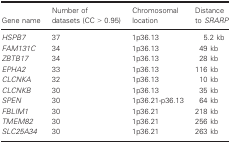
<table><thead><tr><td><b>Gene name</b></td><td><b>Number of datasets (CC &gt; 0.95)</b></td><td><b>Chromosomal location</b></td><td><b>Distance to <i>SRARP</i></b></td></tr></thead><tbody><tr><td><i>HSPB7</i></td><td>37</td><td>1p36.13</td><td>5.2 kb</td></tr><tr><td><i>FAM131C</i></td><td>34</td><td>1p36.13</td><td>49 kb</td></tr><tr><td><i>ZBTB17</i></td><td>34</td><td>1p36.13</td><td>28 kb</td></tr><tr><td><i>EPHA2</i></td><td>33</td><td>1p36.13</td><td>116 kb</td></tr><tr><td><i>CLCNKA</i></td><td>32</td><td>1p36.13</td><td>10 kb</td></tr><tr><td><i>CLCNKB</i></td><td>30</td><td>1p36.13</td><td>35 kb</td></tr><tr><td><i>SPEN</i></td><td>30</td><td>1p36.21‐p36.13</td><td>64 kb</td></tr><tr><td><i>FBLIM1</i></td><td>30</td><td>1p36.21</td><td>218 kb</td></tr><tr><td><i>TMEM82</i></td><td>30</td><td>1p36.21</td><td>256 kb</td></tr><tr><td><i>SLC25A34</i></td><td>30</td><td>1p36.21</td><td>263 kb</td></tr></tbody></table>